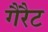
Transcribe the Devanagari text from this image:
गैरैट